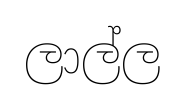
ලාල්ල